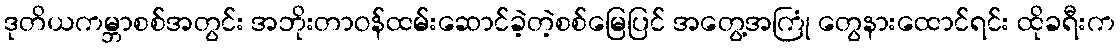
ဒုတိယကမ္ဘာစစ်အတွင်း အဘိုးတာဝန်ထမ်းဆောင်ခဲ့တဲ့စစ်မြေပြင် အတွေ့အကြုံ တွေနားထောင်ရင်း ထိုခရီးက